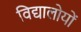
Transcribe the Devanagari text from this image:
विद्यालोयों